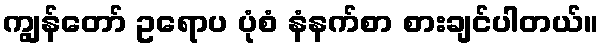
ကျွန်တော် ဥရောပ ပုံစံ နံနက်စာ စားချင်ပါတယ်။